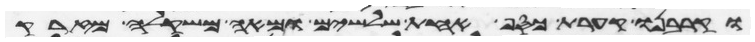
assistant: וקרבנו קערת כסף אחת שלשים ומאה משקלה מזרק